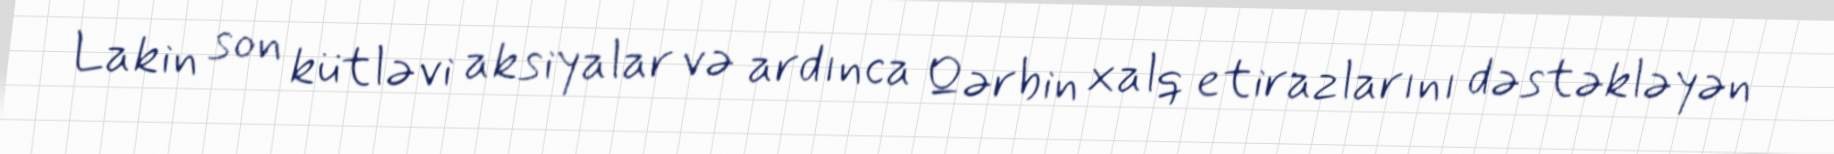
Lakin son kütləvi aksiyalar və ardınca Qərbin xalq etirazlarını dəstəkləyən